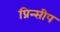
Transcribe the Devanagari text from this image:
प्रिन्सीप